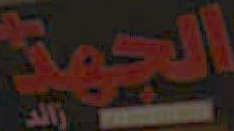
الجهيز